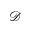
\mathcal { D }